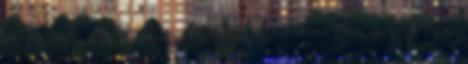
azonban szervetlen szénvegyületek is. Ide soroljuk a szén oxidjait,